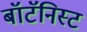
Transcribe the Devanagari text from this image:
बॉटॅनिस्ट